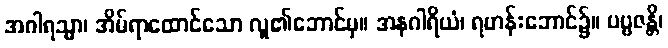
အဂါရသ္မာ၊ အိမ်ရာထောင်သော လူ၏ဘောင်မှ။ အနဂါရိယံ၊ ရဟန်းဘောင်၌။ ပဗ္ဗဇန္တိ၊